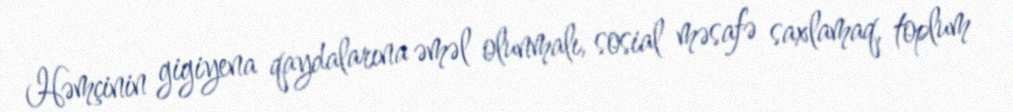
Həmçinin gigiyena qaydalarına əməl olunmalı, sosial məsafə saxlamaq, toplum